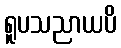
ရူပသညာယပိ